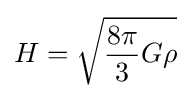
H={\sqrt {{\frac {8\pi }{3}}G\rho }}